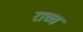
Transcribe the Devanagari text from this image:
राच्च